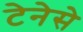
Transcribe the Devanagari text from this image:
टेनेसे